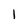
Character: 1